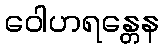
ဝေါဟရန္တေန